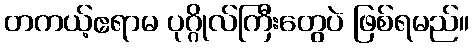
တကယ့်ဧရာမ ပုဂ္ဂိုလ်ကြီးတွေပဲ ဖြစ်ရမည်။